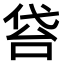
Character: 𠊝